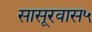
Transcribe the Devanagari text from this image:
सासूरवास५